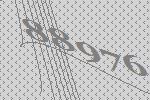
88976